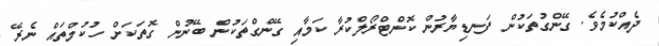
ދެއްކުމެވެ. ގޭންގުތަކުން ފަނޑިޔާރުން ކޮންޓްރޯލްކުރާ ކަމާއި ގޭންގްތަކުން ބޭނުން ގޮތަކަށް ހުކުމްތައް ނެރޭ